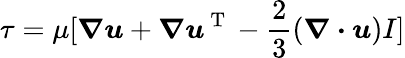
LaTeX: \tau=\mu[\boldsymbol{\nabla}\boldsymbol{u}+\boldsymbol{\nabla}\boldsymbol{u}^{\mathrm{~T~}}-\frac{2}{3}(\boldsymbol{\nabla\cdot}\boldsymbol{u})I]